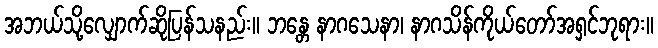
အဘယ်သို့လျှောက်ဆိုပြန်သနည်း။ ဘန္တေ နာဂသေနာ၊ နာဂသိန်ကိုယ်တော်အရှင်ဘုရား။